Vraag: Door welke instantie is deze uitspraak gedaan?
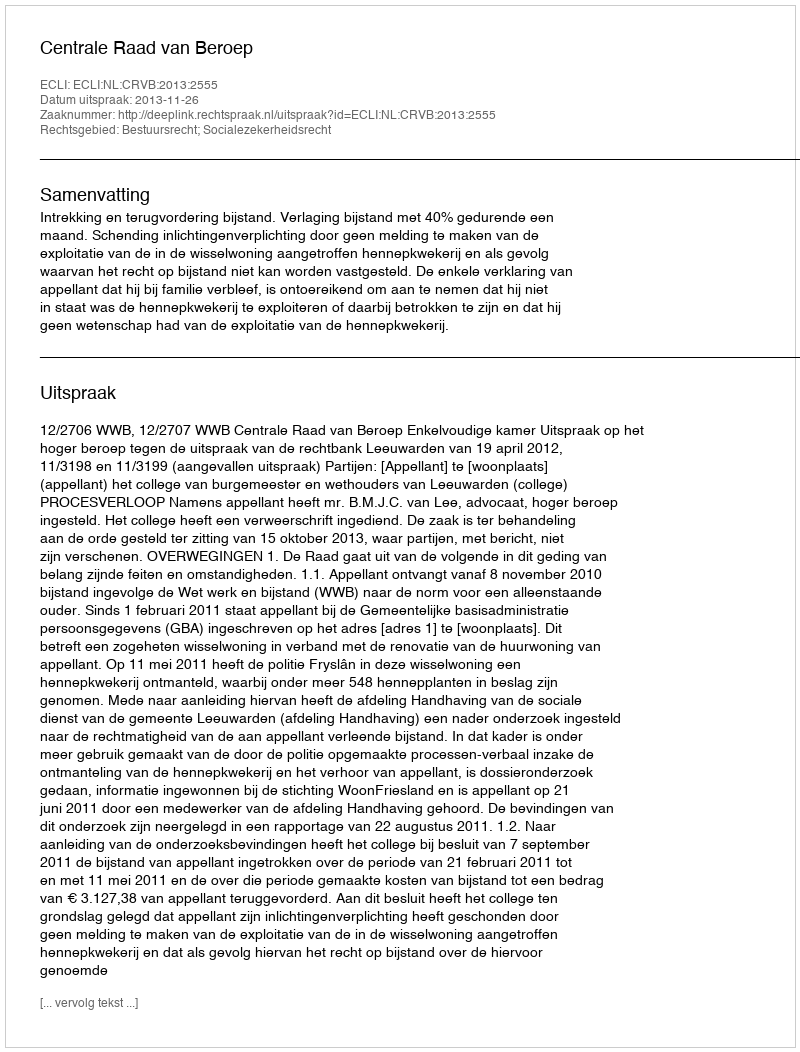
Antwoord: Centrale Raad van Beroep